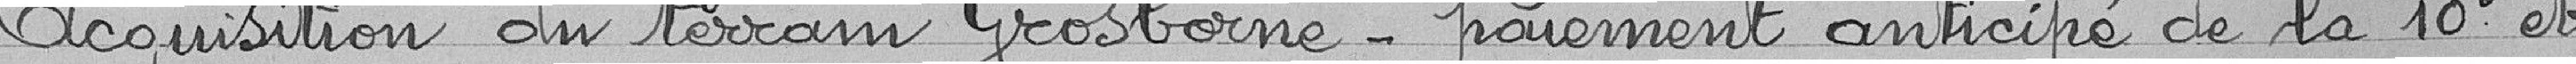
Acquisition du terrain Grosborne - paiement anticipé de la 10e et